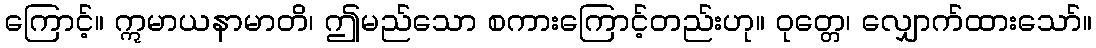
ကြောင့်။ ဣမာယနာမာတိ၊ ဤမည်သော စကားကြောင့်တည်းဟု။ ဝုတ္တေ၊ လျှောက်ထားသော်။